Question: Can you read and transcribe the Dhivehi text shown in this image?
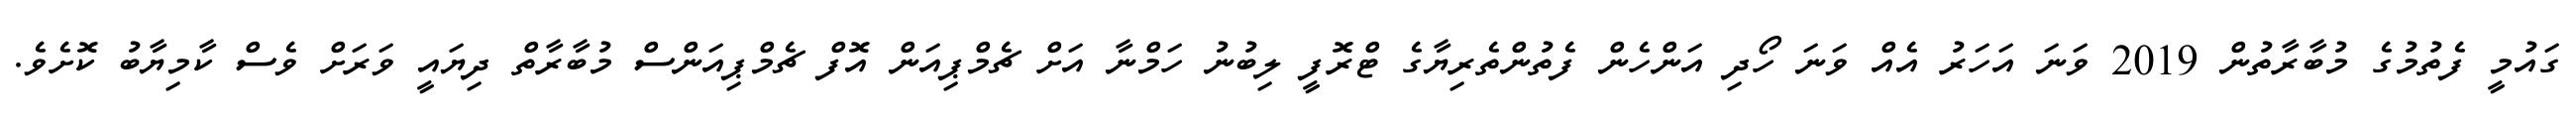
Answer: ގައުމީ ފެތުމުގެ މުބާރާތުން 2019 ވަނަ އަހަރު އެއް ވަނަ ހޯދި އަންހެން ފެތުންތެރިޔާގެ ޓްރޮފީ ލިބުނު ހަމްނާ އަށް ޗެމްޕިއަން އޮފް ޗެމްޕިއަންސް މުބާރާތް ދިޔައީ ވަރަށް ވެސް ކާމިޔާބު ކޮށެވެ.